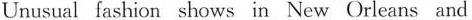
Unusual fashion shows in New Orleans and